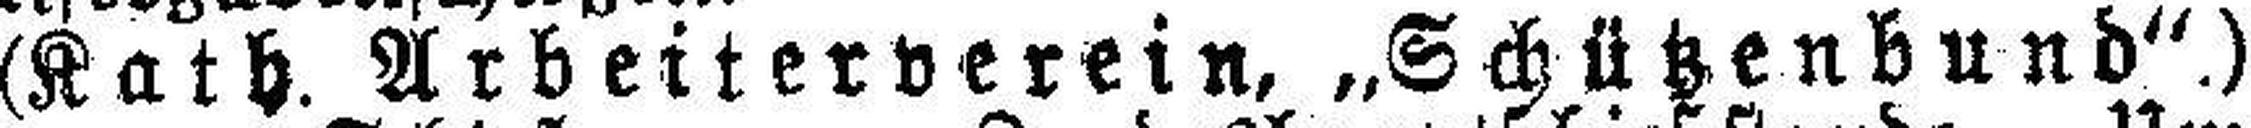
(Kath. Arbeiterverein, „Schützenbund“.)